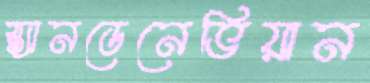
স্ক্যানডেনেভিয়ান